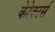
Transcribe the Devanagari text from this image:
केरेक्टर्स